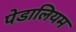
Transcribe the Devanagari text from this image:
पेडालियम